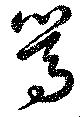
篤